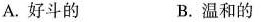
A.好斗的 B.温和的